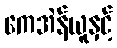
ကေအဲန်ယူနှင့်